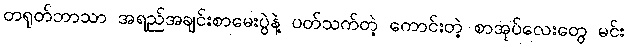
တရုတ်ဘာသာ အရည်အချင်းစာမေးပွဲနဲ့ ပတ်သက်တဲ့ ကောင်းတဲ့ စာအုပ်လေးတွေ မင်း